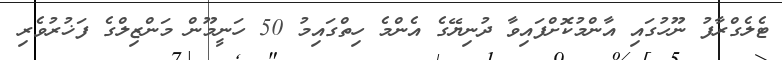
ޓެލެގްރާފު ނޫހުގައި އާންމުކޮށްފައިވާ ދުނިޔޭގެ އެންމެ ހިތްގައިމު 50 ހަނީމޫން މަންޒިލްގެ ފަޚުރުވެރި